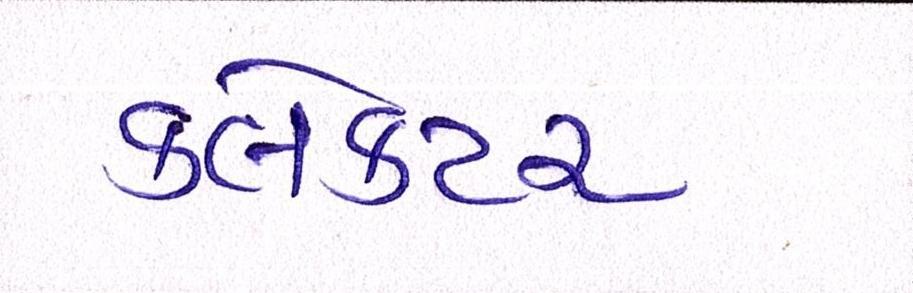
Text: ક્લેક્ટર